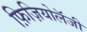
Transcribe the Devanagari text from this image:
फ़िज़ियोलॅजी